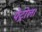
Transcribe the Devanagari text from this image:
पेट्रोल।